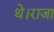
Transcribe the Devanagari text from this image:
थे।राजा